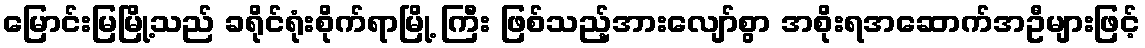
မြောင်းမြမြို့သည် ခရိုင်ရုံးစိုက်ရာမြို့ ကြီး ဖြစ်သည့်အားလျော်စွာ အစိုးရအဆောက်အဦများဖြင့်